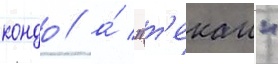
кондо / а́ "т'екаи"